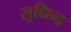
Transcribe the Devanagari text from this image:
सुधिन्द्र